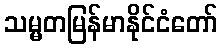
သမ္မတမြန်မာနိုင်ငံတော်